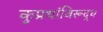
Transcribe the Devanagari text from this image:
कुप्रथांविरूद्ध